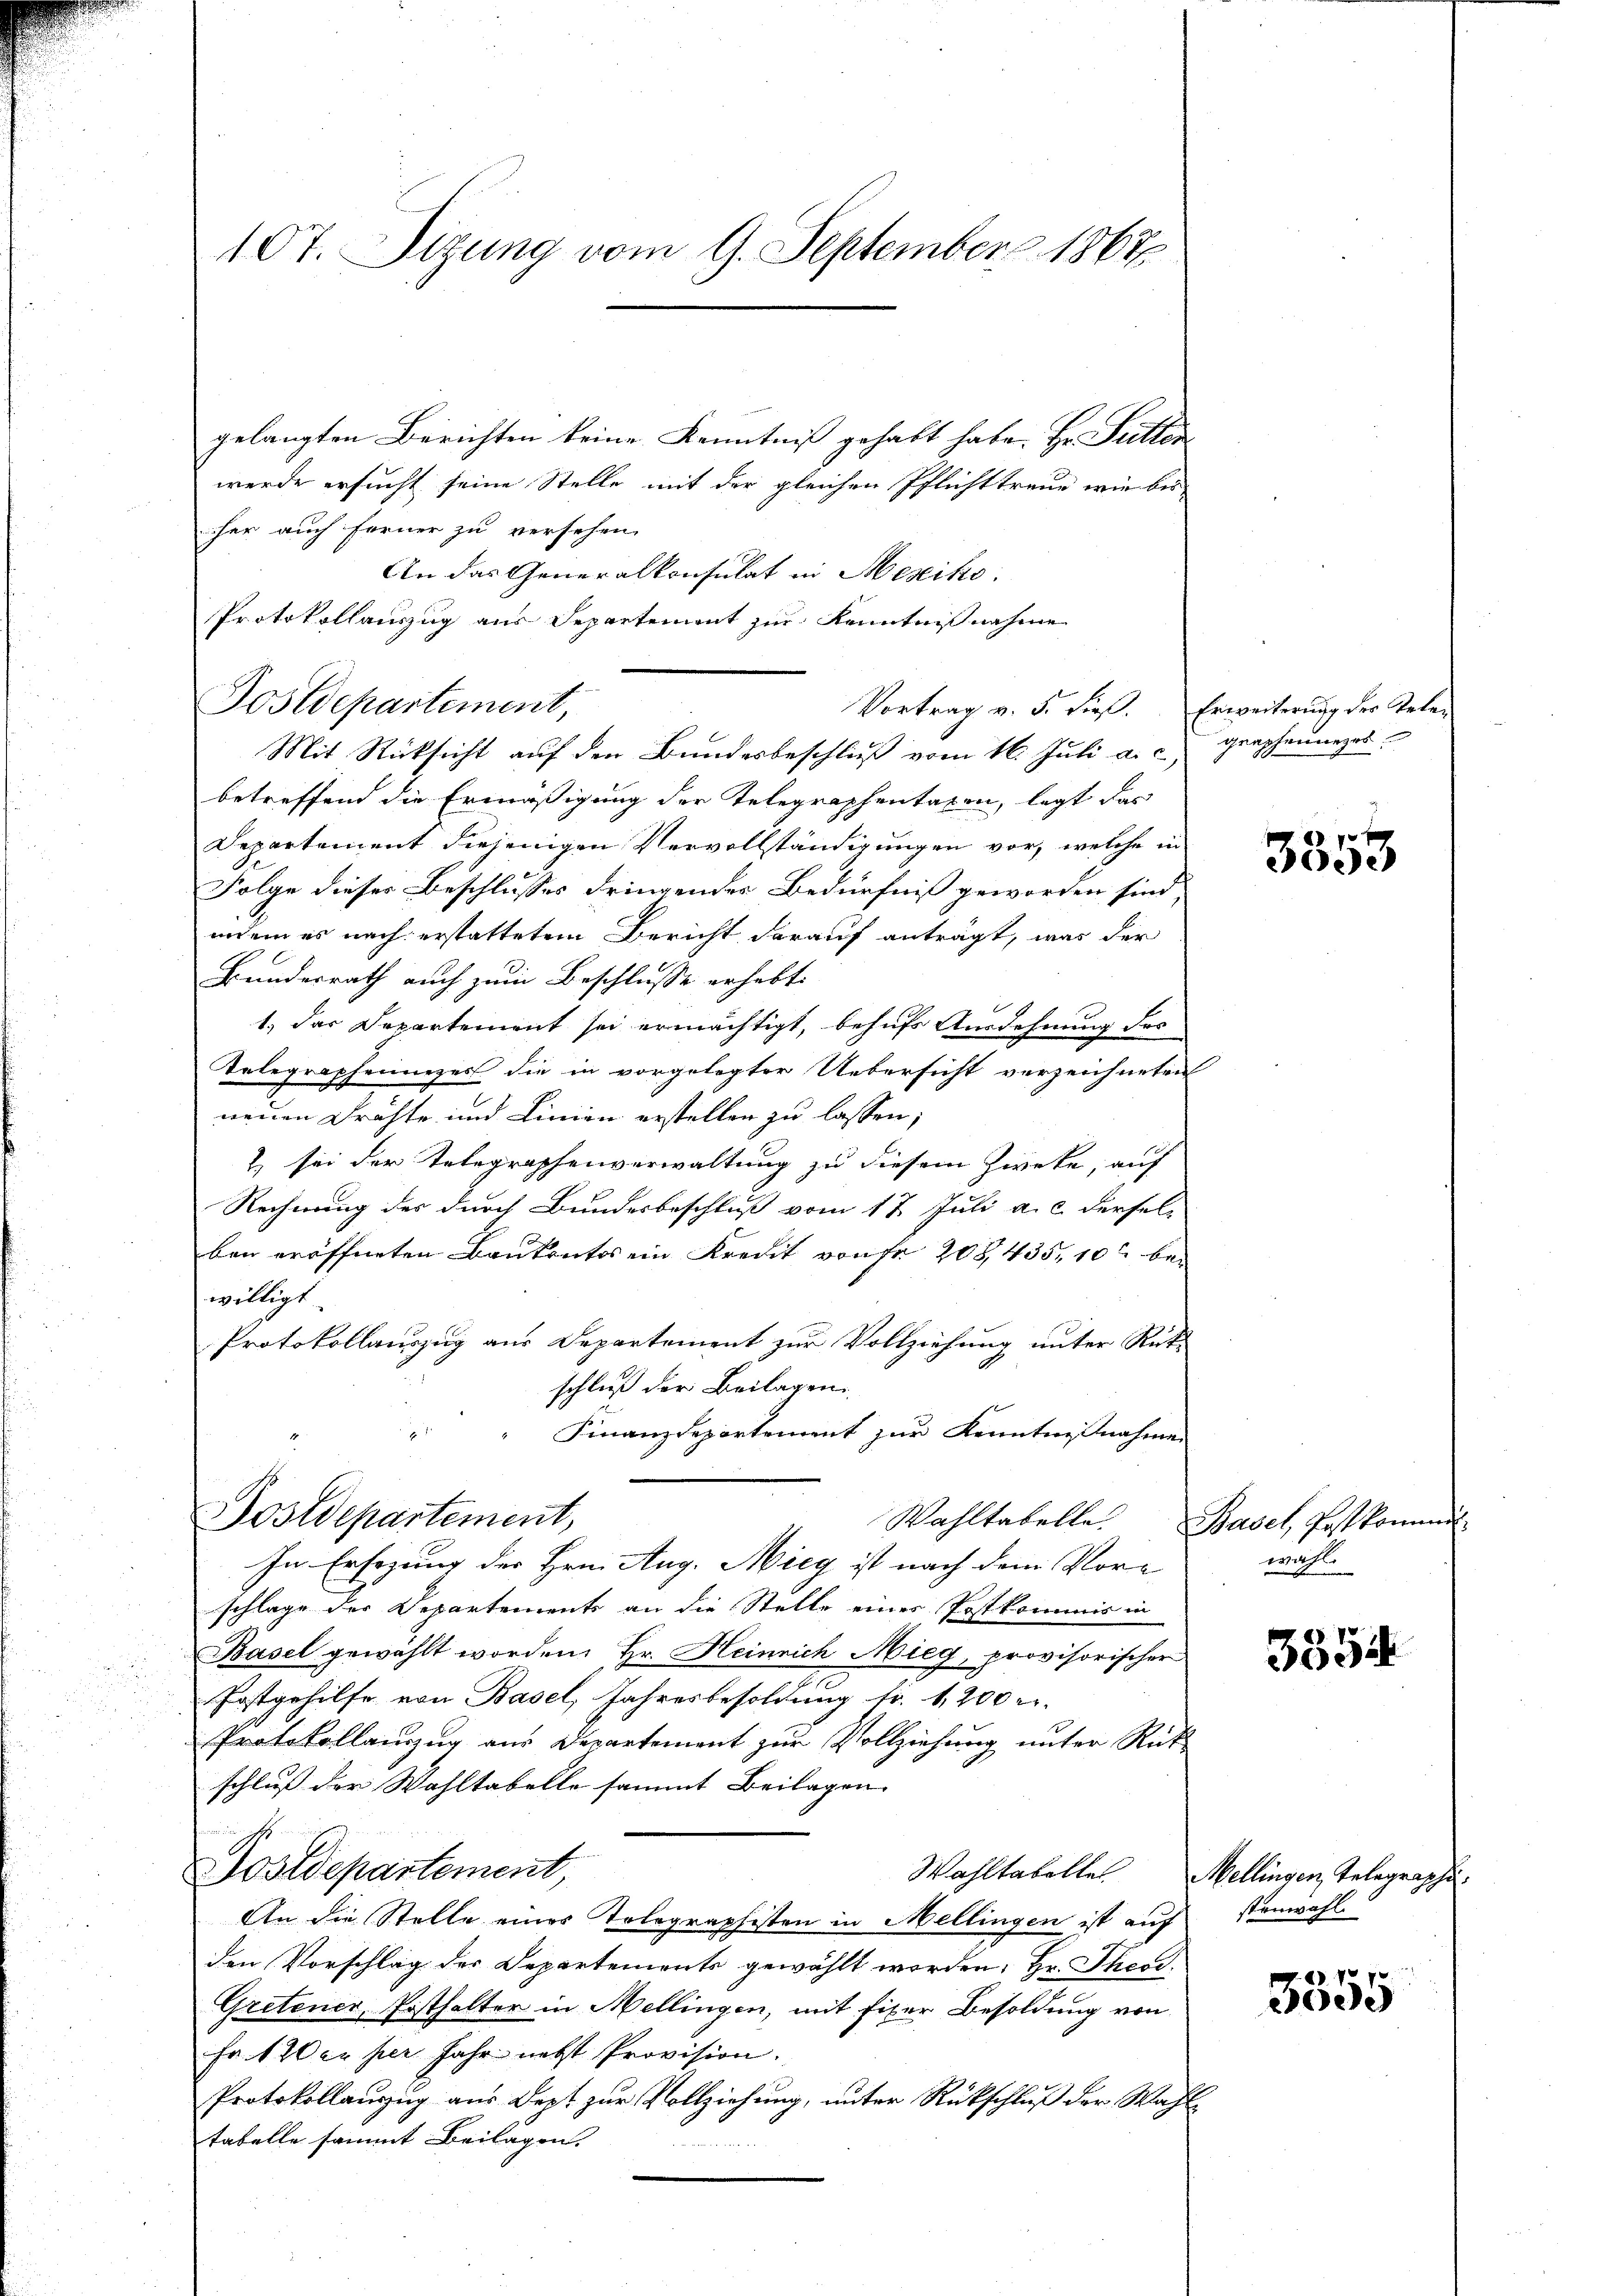
107. Sizung vom 9. September 1867

Postdepartement,

gelangten Berichten keine Kenntniß gehabt habe. Hr. Futter
werde ersucht seine Stelle mit der gleichen Pflichttraue wie bis
her auch ferner zu versehen.
An das Generalkonsulat in Mexiko
Protokollauszug aus Separtement zur Kenntnisnahme
Mit Rücksicht auf den Bundesbeschluß vom 16. Juli a. c.,
betreffend die Ermäßigung der Telegraphentaxen, legt das
Departement diejenigen Vervollständigungen vor, welche in
Folge dieser Beschlusses dringendes Bedürfniß geworden sind,
indem es nach erstattetem Bericht darauf anträgt, was der
Bundesrath auch zum Beschlusse erhebt.
1. das Departement sei ermächtigt, behufs Ausdehnung des
Telegraphennizer die in vorgelegter Uebersicht verzeichneten
neuen Drähte und Linien erstellen zu lassen;
& sei der Telegraphenverwaltung zu diesem Zweke, auf
Rechnung des durch Bundesbeschluß vom 17. Juli a. c. dersel-
ben eröffneten Bautentes ein Kreut von fr 208, 435, 10 bewilligt.
Protokollauszug aus Departement zur Vollziehung unter Rück-
schluß der Beilagen
Finanzdepartement zur Kenntnißnahme
Postdepartement,
Wahltabelle. Basel, Postkommt
In Ersezung der Hrn. Aug. Mieg ist nach dem Vorschlage der Departements an die Stelle eines Postkommis in
Basel gewählt worden. Hr. Heinrich Mieg, provisorischer
Postgehilfe von Basel, Jahresbesoldung fr. 1200 e
Protokollanzug aus Departement zur Vollziehung unter Rück-
schluß der Wahltabelle sammt Beilagen.
Postdepartement
An die Stelle eines Tolographisten in Mellingen ist auf
den Vorschlag der Departements gewählt worden, Hr. Thei¬
Gretener, Posthalter in Mellingen, mit fixer Besoldung von
Fr. 120 er per Jahr nebst Provision.
Protokollanzug aus Dept zur Vollziehung, unter Rückschluß der Wahltabelle sammt Beilagen.
l

Vortrag v. 5. dieß. Erweiterung des Tele¬

graphenneres

3353

wahl.

3554

Wahltabelle Mellingen, Telegraphi
stenwahl.

. 23. No 70
ee